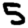
Digit: 5